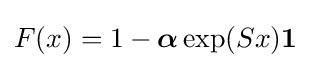
F(x)=1-{\boldsymbol {\alpha }}\exp({S}x)\mathbf {1}